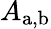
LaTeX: A_{\mathrm{a,b}}